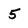
Character: 5